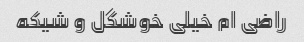
راضی ام خیلی خوشگل و شیکه